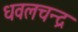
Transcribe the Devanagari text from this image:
धवलचन्द्र